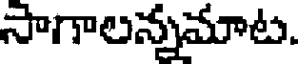
సాగాలన్నమాట.